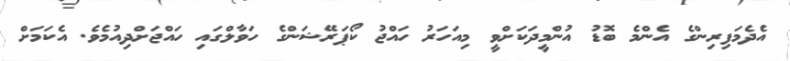
އެދެމަފިރިންގެ އެންމެ ބޮޑު އުންމީދަކަށްވީ މިއަހަރު ހައްޖު ކޯޕަރޭޝަންގެ ހަވާލްގައި ހައްޖަށްދިއުމެވެ. އެކަމަށް